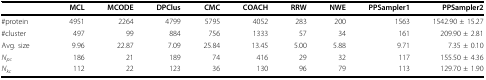
<table><thead><tr><td>[EMPTY_CELL]</td><td><b>MCL</b></td><td><b>MCODE</b></td><td><b>DPClus</b></td><td><b>CMC</b></td><td><b>COACH</b></td><td><b>RRW</b></td><td><b>NWE</b></td><td><b>PPSampler1</b></td><td><b>PPSampler2</b></td></tr></thead><tbody><tr><td>#protein</td><td>4951</td><td>2264</td><td>4799</td><td>5795</td><td>4052</td><td>283</td><td>200</td><td>1563</td><td>1542.90 ± 15.27</td></tr><tr><td>#cluster</td><td>497</td><td>99</td><td>884</td><td>756</td><td>1333</td><td>57</td><td>34</td><td>161</td><td>209.90 ± 2.81</td></tr><tr><td>Avg. size</td><td>9.96</td><td>22.87</td><td>7.09</td><td>25.84</td><td>13.45</td><td>5.00</td><td>5.88</td><td>9.71</td><td>7.35 ± 0.10</td></tr><tr><td><i>N<sub>pc</sub></i></td><td>186</td><td>21</td><td>189</td><td>74</td><td>416</td><td>29</td><td>32</td><td>117</td><td>155.50 ± 4.36</td></tr><tr><td><i>N<sub>kc</sub></i></td><td>112</td><td>22</td><td>123</td><td>36</td><td>130</td><td>96</td><td>79</td><td>113</td><td>129.70 ± 1.90</td></tr></tbody></table>